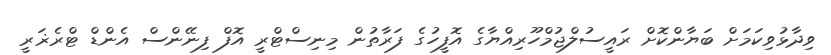
ވިދާޅުވިކަމަށް ބަޔާންކޮށް ރައީސުލްޖުމްހޫރިއްޔާގެ އޮފީހުގެ ފަރާތުން މިނިސްޓްރީ އޮފް ފިނޭންސް އެންޑް ޓްރެޜަރީ